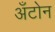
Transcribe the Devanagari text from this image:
अँटोन